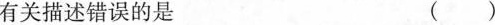
有关描述错误的是 ( )